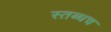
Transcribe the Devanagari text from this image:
स्तब्धच